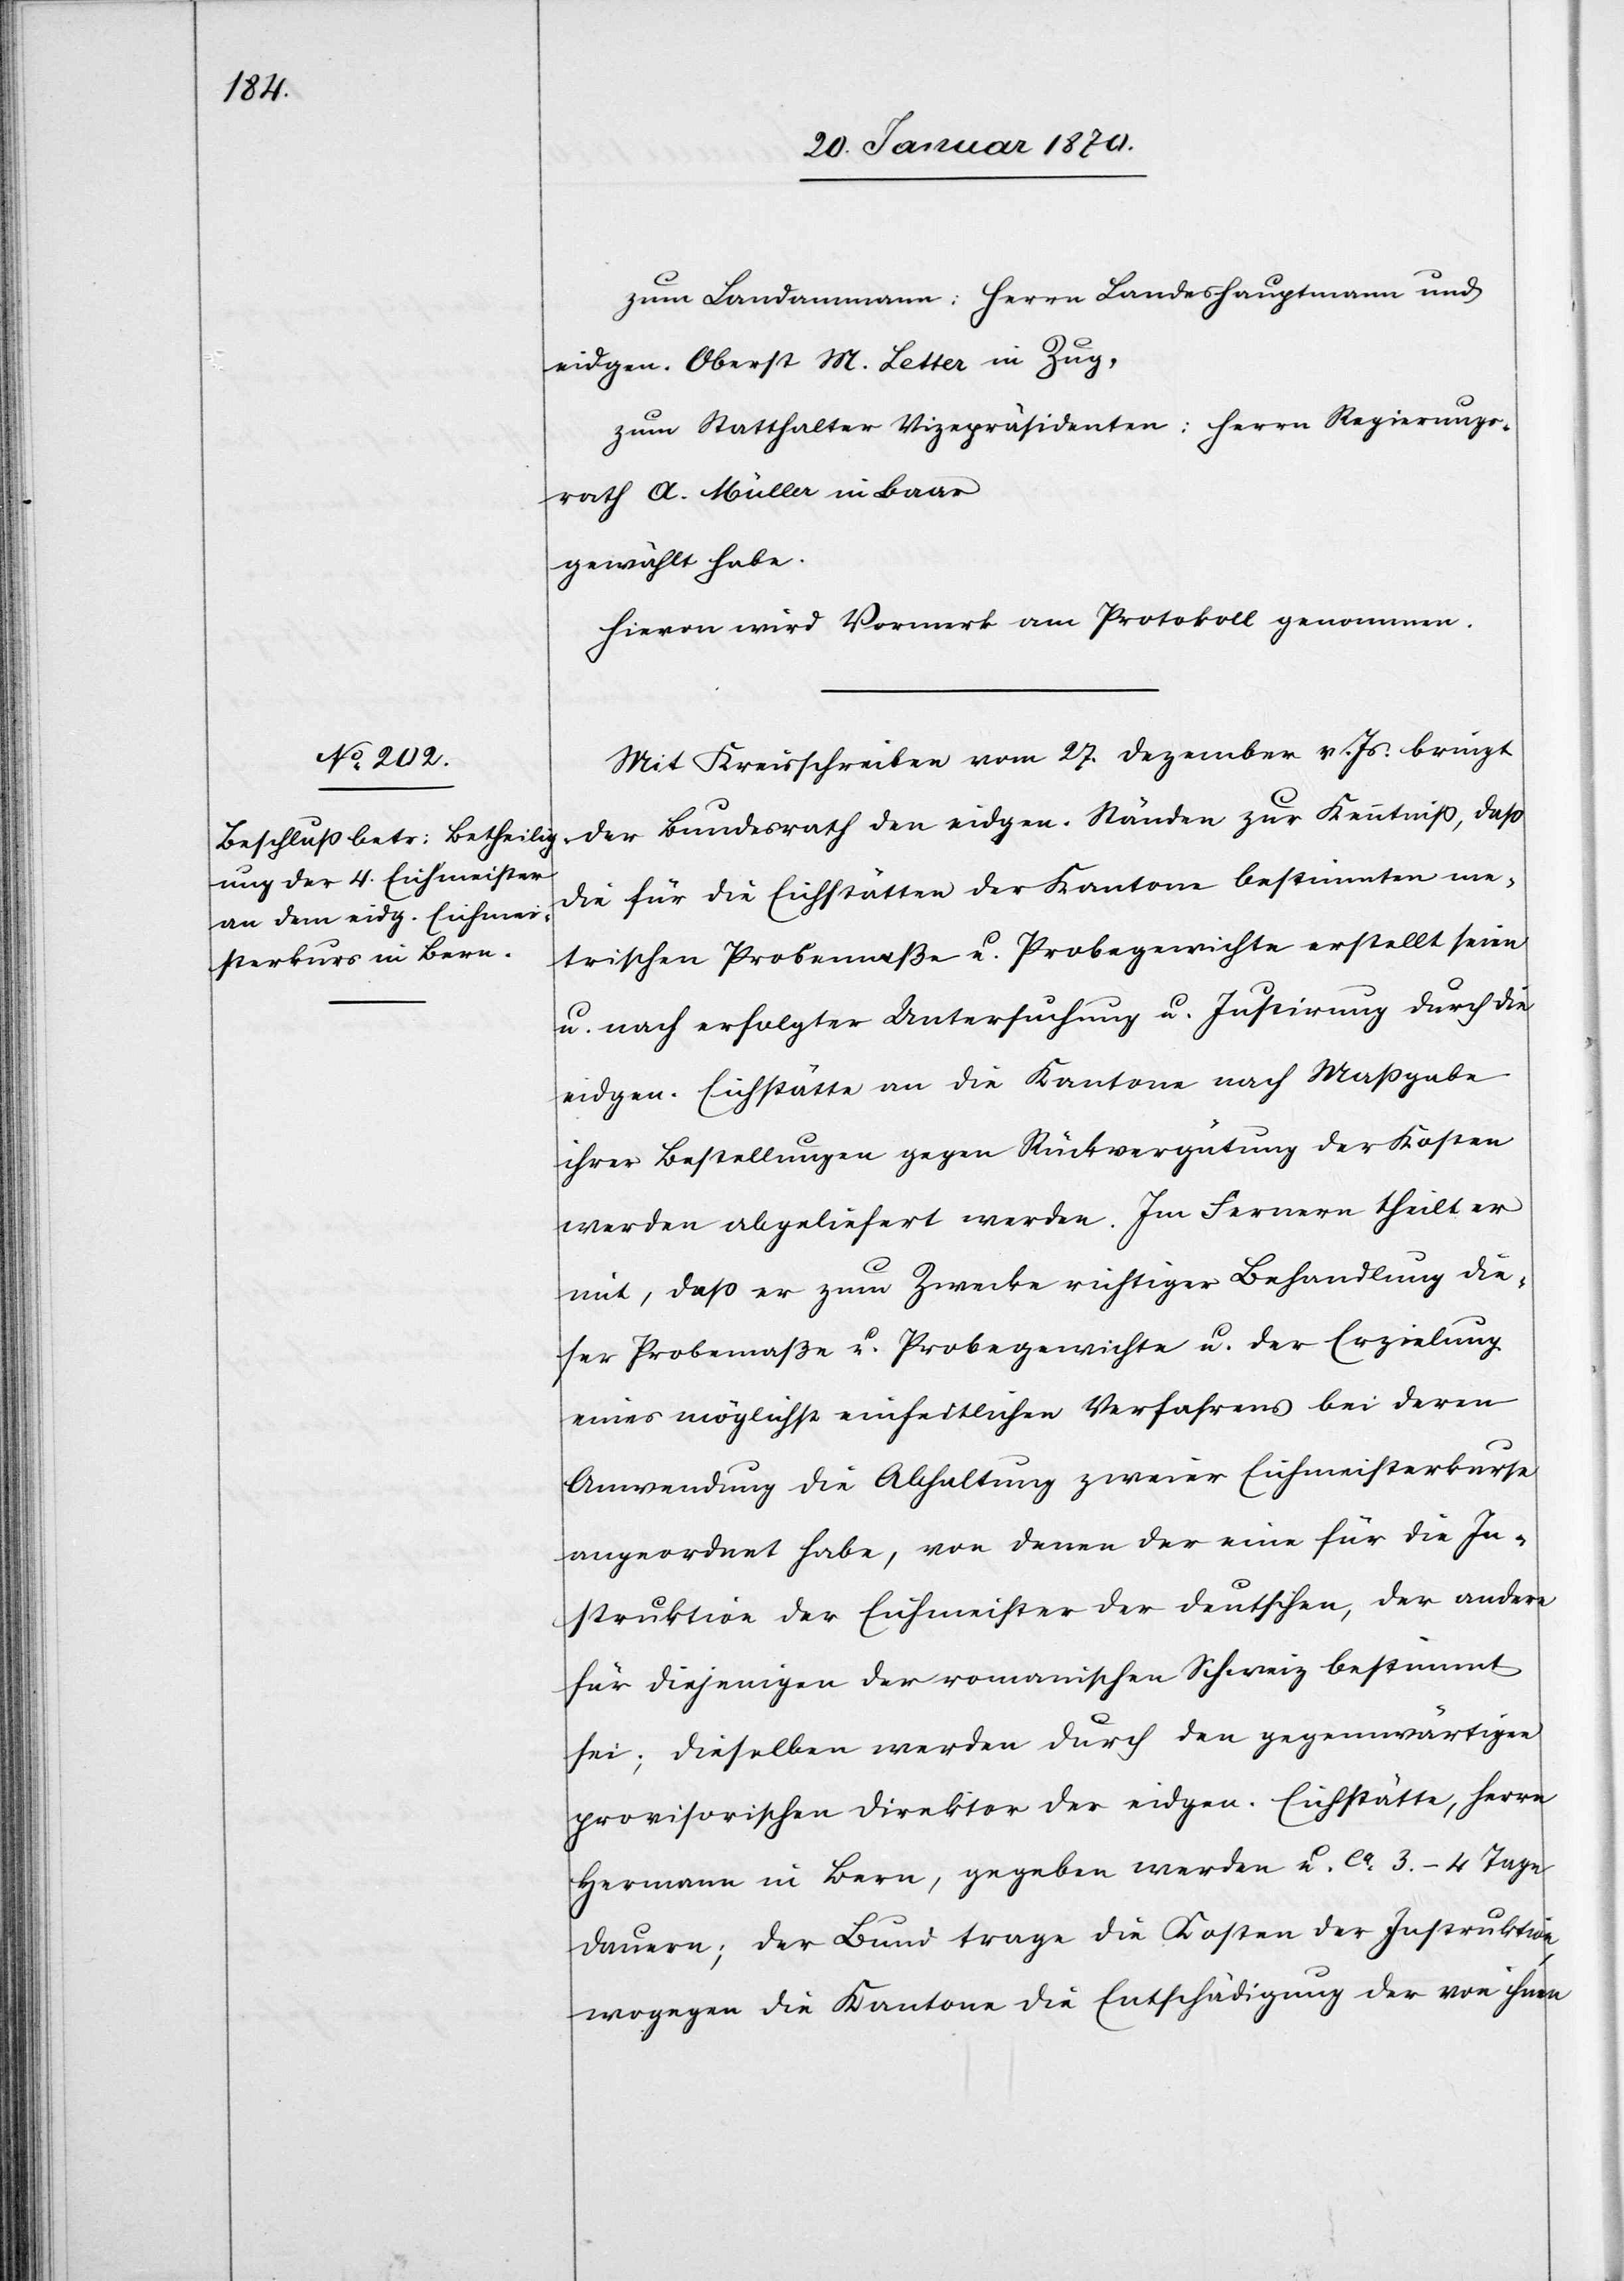
zum Landammann: Herrn Landeshauptmann und
eidgen. Oberst M. Letter in Zug,
zum Statthalter Vizepräsidenten: Herrn Regierungs¬
rath A. Müller in Baar
gewählt habe.
Hievon wird Vormerk am Protokoll genommen.
Mit Kreisschreiben vom 27. Dezember v. Js. bringt
der Bundesrath den eidgen. Ständen zur Kenntniß, daß
die für die Eichstätten der Kantone bestimmten me¬
trischen Probemaße u. Probegewichte erstellt seien
u. nach erfolgter Untersuchung u. Justirung durch die
eidgen. Eichstätte an die Kantone nach Maßgabe
ihrer Bestellungen gegen Rückvergütung der Kosten
werden abgeliefert werden. Im Fernern theilt er
mit, daß er zum Zwecke richtiger Behandlung die¬
ser Probemaße u. Probegewichte u. der Erzielung
eines möglichst einheitlichen Verfahrens bei deren
Anwendung die Abhaltung zweier Eichmeisterkurse
angeordnet habe, von denen der eine für die In¬
struktion der Eichmeister der deutschen, der andere
für diejenigen der romanischen Schweiz bestimmt
sei; dieselben werden durch den gegenwärtigen
provisorischen Direktor der eidgen. Eichstätte, Herrn
Hermann in Bern, gegeben werden u. ca 3.–4 Tage
dauern; der Bund trage die Kosten der Instruktion,
wogegen die Kantone die Entschädigung der von ihnen